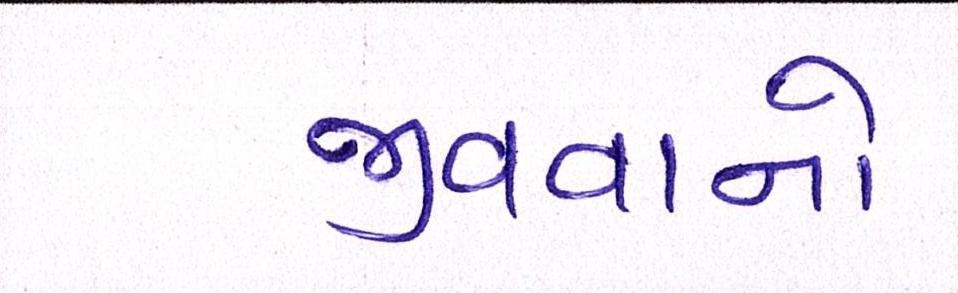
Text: જીવવાનો